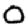
Digit: 0